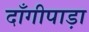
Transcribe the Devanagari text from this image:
दाँगीपाड़ा